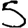
Digit: 5